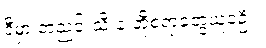
ဒီမှာ တညင်းသီးနဲ့ တို့စရာတွေယူခဲ့ဦး။